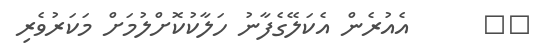
٧٠      އެއުރެން އެކަލޭގެފާނު ހަލާކުކޮށްލުމަށް މަކަރުވެރި